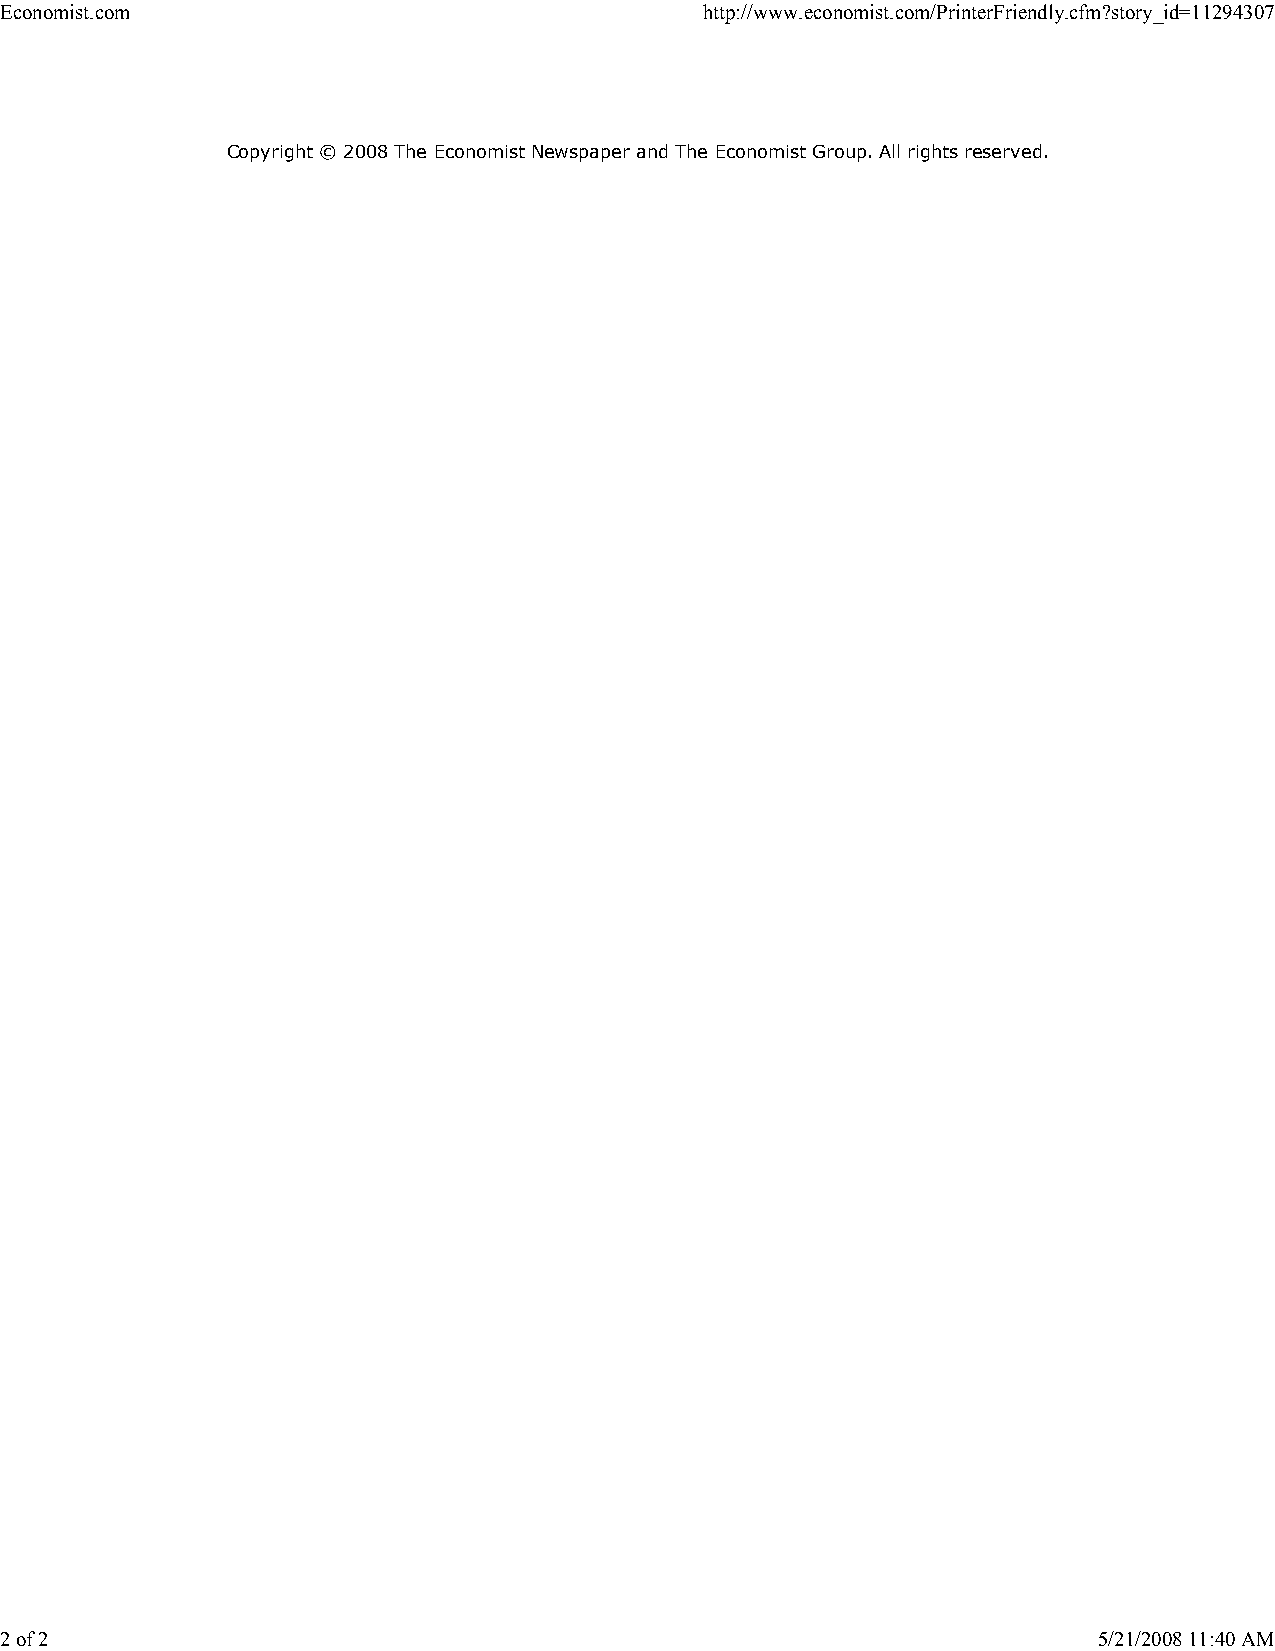
Economist.com                                  http://www.economist.com/PrinterFriendly.cfm?story_id=11294307
 Copyright © 2008 The Economist Newspaper and The Economist Group. All rights reserved.
 2 of 2                                                                   5/21/2008 11:40 AM